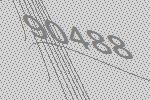
90488